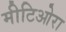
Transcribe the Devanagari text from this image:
मीटिओरा